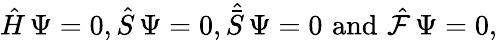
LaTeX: \hat{H}\, \Psi=0,\hat{S}\, \Psi=0,{\hat{\bar{S}}}\, \Psi=0\, \, \mathrm{and}\, \, \hat{\cal F}\, \Psi=0,